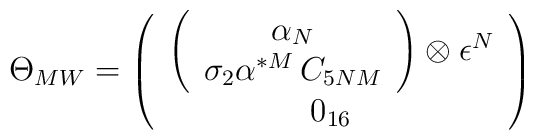
\Theta _{MW}=\left( \begin{array}{c}\left( \begin{array}{c}\alpha _{N}\\\sigma _{2}\alpha ^{*M}\, C_{5NM}\end{array}\right) \otimes \epsilon ^{N}\\0_{16}\end{array}\right)